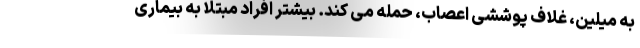
به میلین، غلاف پوششی اعصاب، حمله می کند. بیشتر افراد مبتلا به بیماری